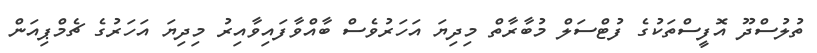
ތުލުސްދޫ އޮފީސްތަކުގެ ފުޓްސަލް މުބާރާތް މިދިޔަ އަހަރުވެސް ބާއްވާފައިވާއިރު މިދިޔަ އަހަރުގެ ޗެމްޕިއަން